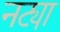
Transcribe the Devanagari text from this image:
नट्या